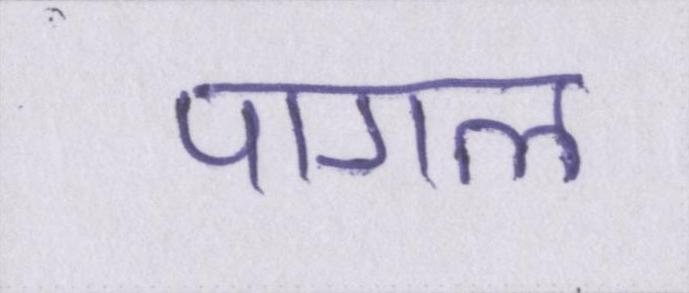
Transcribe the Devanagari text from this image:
पागल